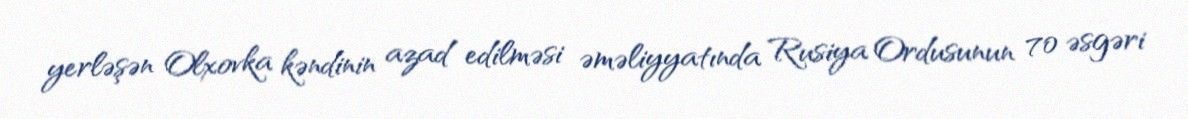
yerləşən Olxovka kəndinin azad edilməsi əməliyyatında Rusiya Ordusunun 70 əsgəri